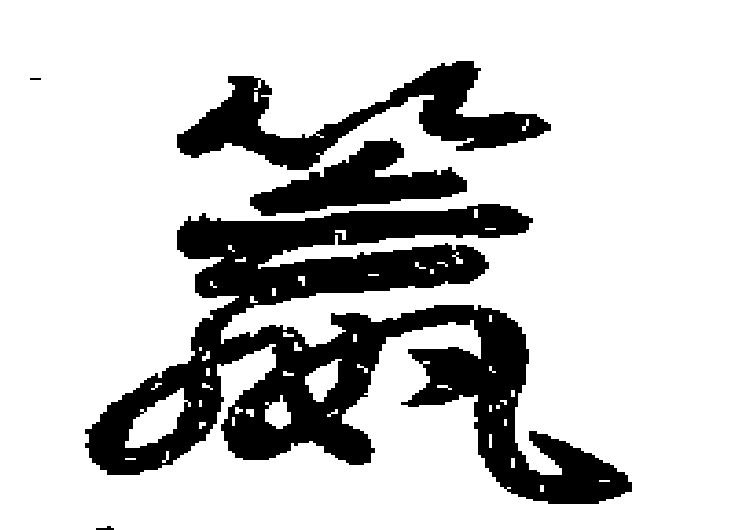
籯